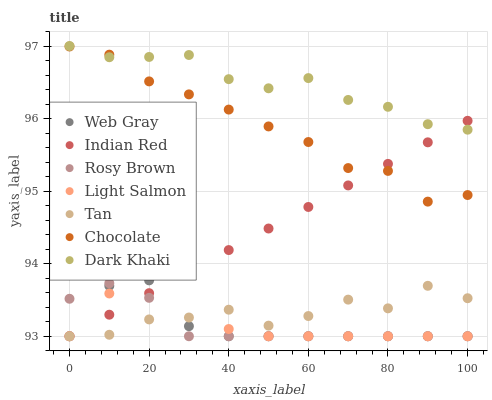
| xaxis_label | Web Gray | Indian Red | Rosy Brown | Light Salmon | Tan | Chocolate | Dark Khaki |
 | --- | --- | --- | --- | --- | --- | --- | --- |
 | 0 | 93 | 93 | 93.5 | 93 | 93 | 97 | 97 |
 | 10 | 93.7 | 93.3 | 93.7 | 93.6 | 93 | 96.9 | 96.8 |
 | 20 | 93.8 | 93.6 | 93.5 | 94.2 | 93.2 | 96.5 | 96.8 |
 | 30 | 93.1 | 93.9 | 93 | 94 | 93.3 | 96.3 | 96.9 |
 | 40 | 93 | 94.2 | 93 | 93.1 | 93.4 | 96.1 | 96.5 |
 | 50 | 93 | 94.5 | 93 | 93 | 93.1 | 95.9 | 96.4 |
 | 60 | 93 | 94.8 | 93 | 93 | 93.3 | 95.7 | 96.6 |
 | 70 | 93 | 95.1 | 93 | 93 | 93.5 | 95.3 | 96.3 |
 | 80 | 93 | 95.4 | 93 | 93 | 93.4 | 95.3 | 96.2 |
 | 90 | 93 | 95.7 | 93 | 93 | 93.7 | 94.9 | 95.9 |
 | 100 | 93 | 96 | 93 | 93 | 93.5 | 94.9 | 95.8 |